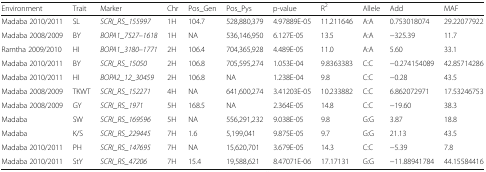
<table><thead><tr><td><b>Environment</b></td><td><b>Trait</b></td><td><b>Marker</b></td><td><b>Chr</b></td><td><b>Pos_Gen</b></td><td><b>Pos_Pys</b></td><td><b>p-value</b></td><td><b>R<sup>2</sup></b></td><td><b>Allele</b></td><td><b>Add</b></td><td><b>MAF</b></td></tr></thead><tbody><tr><td>Madaba 2010/2011</td><td>SL</td><td><i>SCRI_RS_155997</i></td><td>1H</td><td>104.7</td><td>528,880,379</td><td>4.97889E-05</td><td>11.211646</td><td>A:A</td><td>0.753018074</td><td>29.22077922</td></tr><tr><td>Madaba 2008/2009</td><td>BY</td><td><i>BOPA1_7527–1618</i></td><td>1H</td><td>NA</td><td>536,146,950</td><td>6.127E-05</td><td>13.5</td><td>A:A</td><td>−325.39</td><td>11.7</td></tr><tr><td>Ramtha 2009/2010</td><td>HI</td><td><i>BOPA1_3180–1771</i></td><td>2H</td><td>106.4</td><td>704,365,928</td><td>4.489E-05</td><td>11.0</td><td>A:A</td><td>5.60</td><td>33.1</td></tr><tr><td>Madaba 2010/2011</td><td>BY</td><td><i>SCRI_RS_15050</i></td><td>2H</td><td>106.8</td><td>705,595,274</td><td>1.053E-04</td><td>9.8363383</td><td>C:C</td><td>−0.274154089</td><td>42.85714286</td></tr><tr><td>Madaba 2010/2011</td><td>HI</td><td><i>BOPA2_12_30459</i></td><td>2H</td><td>106.8</td><td>NA</td><td>1.238E-04</td><td>9.8</td><td>C:C</td><td>−0.28</td><td>43.5</td></tr><tr><td>Madaba 2008/2009</td><td>TKWT</td><td><i>SCRI_RS_152271</i></td><td>4H</td><td>NA</td><td>641,600,274</td><td>3.41203E-05</td><td>10.233882</td><td>C:C</td><td>6.862072971</td><td>17.53246753</td></tr><tr><td>Madaba 2008/2009</td><td>GY</td><td><i>SCRI_RS_1971</i></td><td>5H</td><td>168.5</td><td>NA</td><td>2.364E-05</td><td>14.8</td><td>C:C</td><td>−19.60</td><td>38.3</td></tr><tr><td>Madaba</td><td>SW</td><td><i>SCRI_RS_169596</i></td><td>5H</td><td>NA</td><td>556,291,232</td><td>9.038E-05</td><td>9.8</td><td>G:G</td><td>3.87</td><td>18.8</td></tr><tr><td>Madaba</td><td>K/S</td><td><i>SCRI_RS_229445</i></td><td>7H</td><td>1.6</td><td>5,199,041</td><td>9.875E-05</td><td>9.7</td><td>G:G</td><td>21.13</td><td>43.5</td></tr><tr><td>Madaba 2010/2011</td><td>PH</td><td><i>SCRI_RS_147695</i></td><td>7H</td><td>NA</td><td>15,620,701</td><td>3.679E-05</td><td>14.3</td><td>C:C</td><td>−5.39</td><td>7.8</td></tr><tr><td>Madaba 2010/2011</td><td>StY</td><td><i>SCRI_RS_47206</i></td><td>7H</td><td>15.4</td><td>19,588,621</td><td>8.47071E-06</td><td>17.17131</td><td>G:G</td><td>−11.88941784</td><td>44.15584416</td></tr></tbody></table>